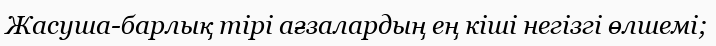
Жасуша-барлық тірі ағзалардың ең кіші негізгі өлшемі;